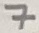
Text: 7